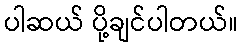
ပါဆယ် ပို့ချင်ပါတယ်။